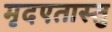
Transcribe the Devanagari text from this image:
मृदएतास्तु